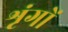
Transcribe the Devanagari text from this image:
शृंगों